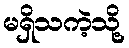
မရှိသကဲ့သို့